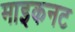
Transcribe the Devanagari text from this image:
माइकनट